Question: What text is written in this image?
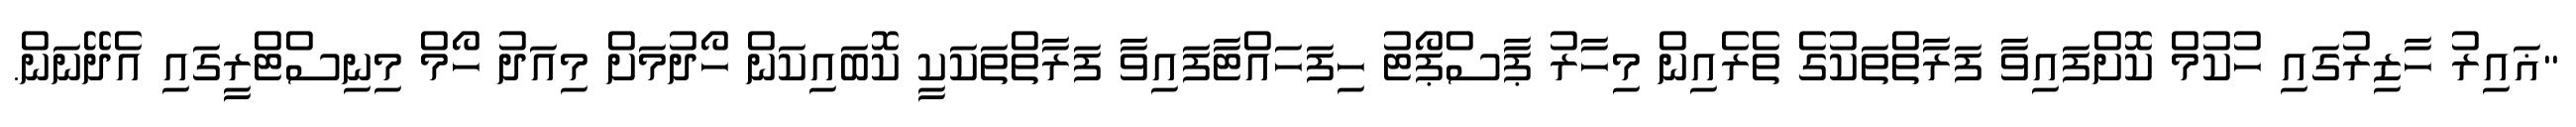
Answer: "ޣައިރު ހާޒިރުގައި ހުކުމް ކޮށްފައިވާ ފަރާތްތަކުގެ ތެރެއިން މިހާރު ޕާސްޕޯޓު ހިފަހައްޓާފައިވާ ފަރާތްތަކަކީ ކޮބައިކަން ހޯދުމަށް މިއަދު ހޯމް މިނިސްޓްރީގައި އެދޭނަން.